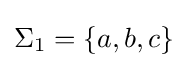
\Sigma _{1}=\{a,b,c\}